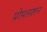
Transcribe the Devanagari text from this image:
प्रोपलशन